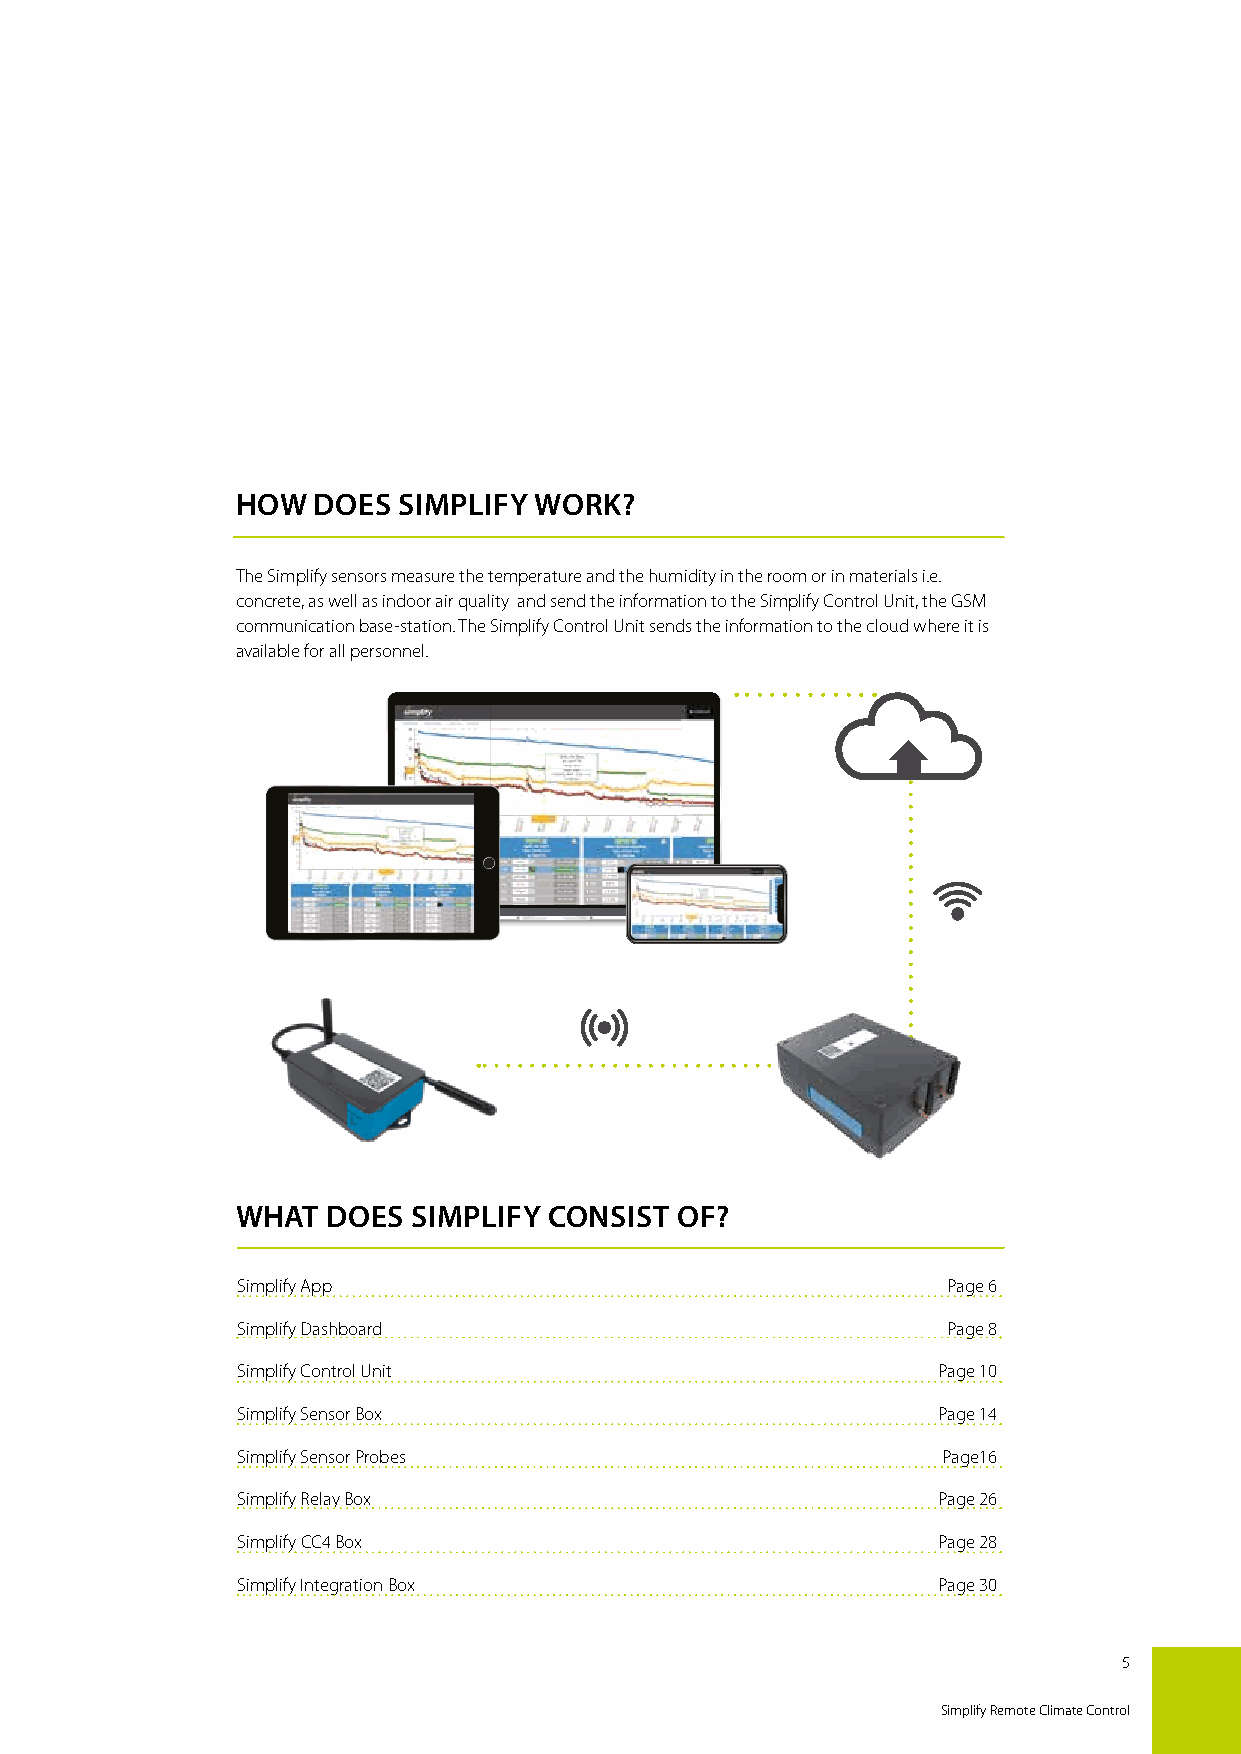
HOW  DOES SIMPLIFY WORK?
 The Simplify sensors measure the temperature and the humidity in the room or in materials i.e.
 concrete, as well as indoor air quality and send the information to the Simplify Control Unit, the GSM
 communication base-station. The Simplify Control Unit sends the information to the cloud where it is
 available for all personnel.
 WHAT  DOES SIMPLIFY CONSIST  OF?
 Simplify App                                   Page 6
 Simplify Dashboard                             Page 8
 Simplify Control Unit                         Page 10
 Simplify Sensor Box                           Page 14
 Simplify Sensor Probes                        Page16
 Simplify Relay Box                            Page 26
 Simplify CC4 Box                              Page 28
 Simplify Integration Box                      Page 30
 5
 Simplify Remote Climate Control